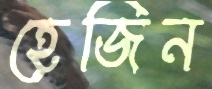
হেজিন